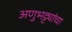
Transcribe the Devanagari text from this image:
अणुभट्ट्यांचा